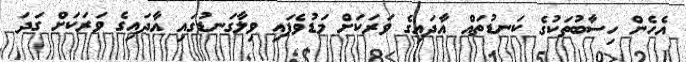
އެހެން ހިސާބުތަކުގެ ކަނޑުތައް އާދައިގެ ވަރަކަށް މަޑުވެފައި ވިލާގަނޑުގައި އާދައިގެ ވަރަކަށް ގަދަ